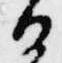
日